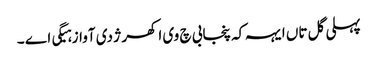
پہلی گل تاں ایہہ کہ پنجابی چ وی اکھر ژ دی آواز ہیگی اے ۔